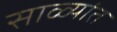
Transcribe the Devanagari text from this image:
साळ्यांत